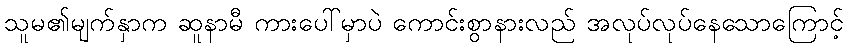
သူမ၏မျက်နှာက ဆူနာမီ ကားပေါ်မှာပဲ ကောင်းစွာနားလည် အလုပ်လုပ်နေသောကြောင့်